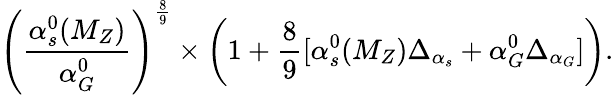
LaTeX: \left(\frac{\alpha_{s}^{0}(M_{Z})}{\alpha_{G}^{0}}\right)^{\frac{8}{9}}\times\left(1+\frac{8}{9}[\alpha_{s}^{0}(M_{Z})\Delta_{\alpha_{s}}+\alpha_{G}^{0}\Delta_{\alpha_{G}}]\right).